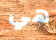
هي